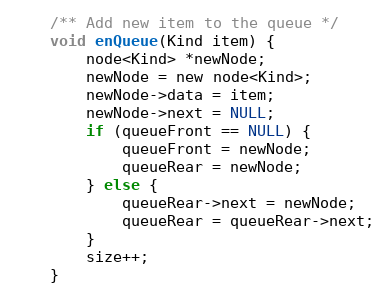
Language: C
    /** Add new item to the queue */
    void enQueue(Kind item) {
        node<Kind> *newNode;
        newNode = new node<Kind>;
        newNode->data = item;
        newNode->next = NULL;
        if (queueFront == NULL) {
            queueFront = newNode;
            queueRear = newNode;
        } else {
            queueRear->next = newNode;
            queueRear = queueRear->next;
        }
        size++;
    }